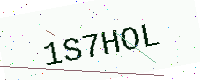
Text: 1S7HOL